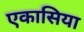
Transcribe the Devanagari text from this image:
एकासिया